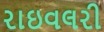
રાઇવલરી